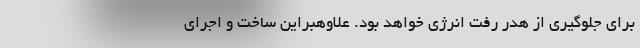
برای جلوگیری از هدر رفت انرژی خواهد بود. علاوهبراین ساخت و اجرای